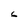
Character: 6